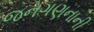
જનગણનાની